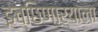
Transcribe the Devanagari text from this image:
इच्छिणाऱ्याला